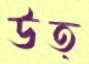
উত্